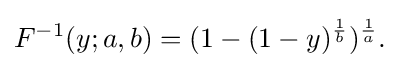
F^{-1}(y;a,b)=(1-(1-y)^{\frac {1}{b}})^{\frac {1}{a}}.\